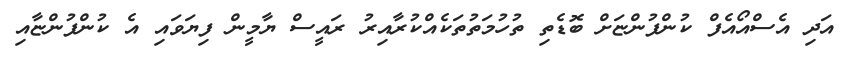
އަދި އެސްއޯއެފް ކުންފުންޏަށް ބޮޑެތި ތުހުމަތުތަކެއްކުރާއިރު ރައީސް ޔާމީން ފިޔަވައި އެ ކުންފުންޏާއި